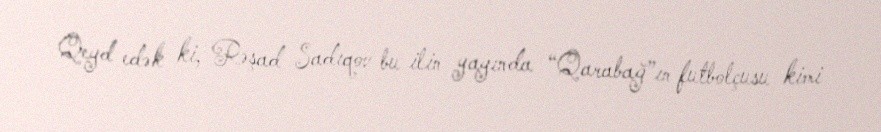
Qeyd edək ki, Rəşad Sadıqov bu ilin yayında “Qarabağ”ın futbolçusu kimi